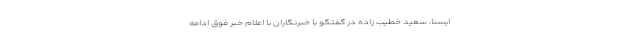
ایسنا، سعید خطیب زاده در گفتگو با خبرنگاران با اعلام خبر فوق ادامه